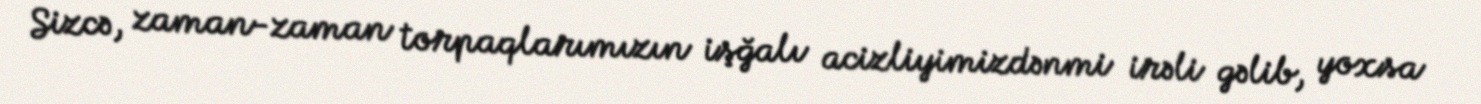
Sizcə, zaman-zaman torpaqlarımızın işğalı acizliyimizdənmi irəli gəlib, yoxsa